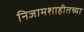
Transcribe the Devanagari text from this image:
निजामशाहीतच्या